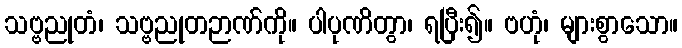
သဗ္ဗညုတံ၊ သဗ္ဗညုတဉာဏ်ကို။ ပါပုဏိတွာ၊ ရပြီး၍။ ဗဟုံ၊ များစွာသော။